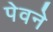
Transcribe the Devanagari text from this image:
पेवने